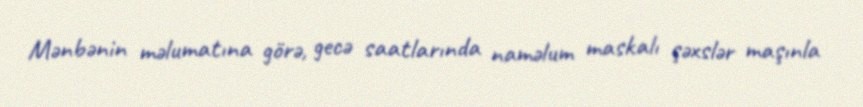
Mənbənin məlumatına görə, gecə saatlarında naməlum maskalı şəxslər maşınla